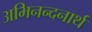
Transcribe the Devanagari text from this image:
अभिनन्दनार्थ